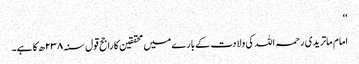
‘‘
امام ماتریدی رحمہ اللہ کی ولادت کے بارے میں محققین کا راجح قول سنہ ۲۳۸ھ کا ہے۔